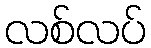
လစ်လပ်